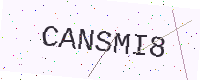
Text: CANSMI8